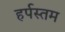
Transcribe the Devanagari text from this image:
हर्पस्तम